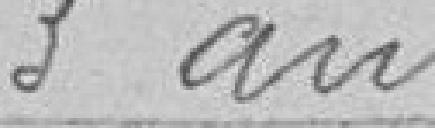
3 ans